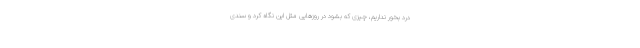
درد بخور نداریم، چیزی‌ که بشود در روزهایی مثل این نگاه کرد و سندی